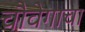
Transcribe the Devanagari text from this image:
चौवेगाचा